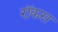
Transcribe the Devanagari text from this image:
रॉकस